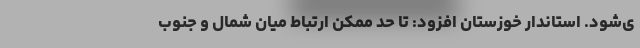
ی‌شود. استاندار خوزستان افزود: تا حد ممکن ارتباط میان شمال و جنوب